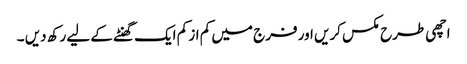
اچھی طرح مکس کریں اور فرج میں کم از کم ایک گھنٹے کے لیے رکھ دیں ۔